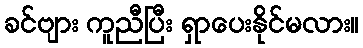
ခင်ဗျား ကူညီပြီး ရှာပေးနိုင်မလား။